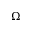
\Omega